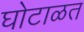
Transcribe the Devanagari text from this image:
घोटाळत